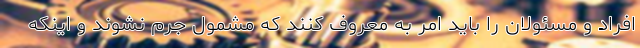
افراد و مسئولان را باید امر به معروف کنند که مشمول جرم نشوند و اینکه